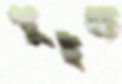
পুইড়ে